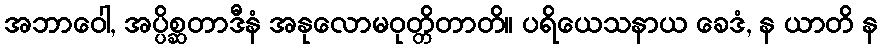
အဘာဝေါ, အပ္ပိစ္ဆတာဒီနံ အနုလောမဝုတ္တိတာတိ။ ပရိယေသနာယ ခေဒံ, န ယာတိ န